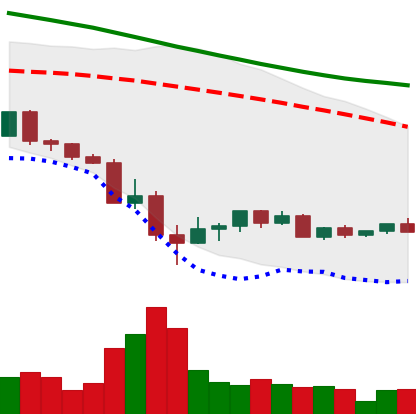
Ticker: LINK-USD
Chart end date: 2022-05-23
Forward return: -6.491%
Label: down_5_7